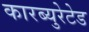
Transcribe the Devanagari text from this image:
कारब्युरेटेड